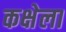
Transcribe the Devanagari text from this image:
कक्षेला